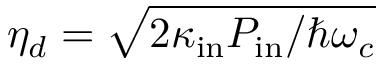
\eta _ { d } = \sqrt { 2 \kappa _ { \mathrm { i n } } P _ { \mathrm { i n } } / \hbar \omega _ { c } }